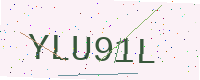
Text: YLU91L